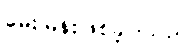
မေးမြန်းဖြစ်ခဲ့ပါသည်